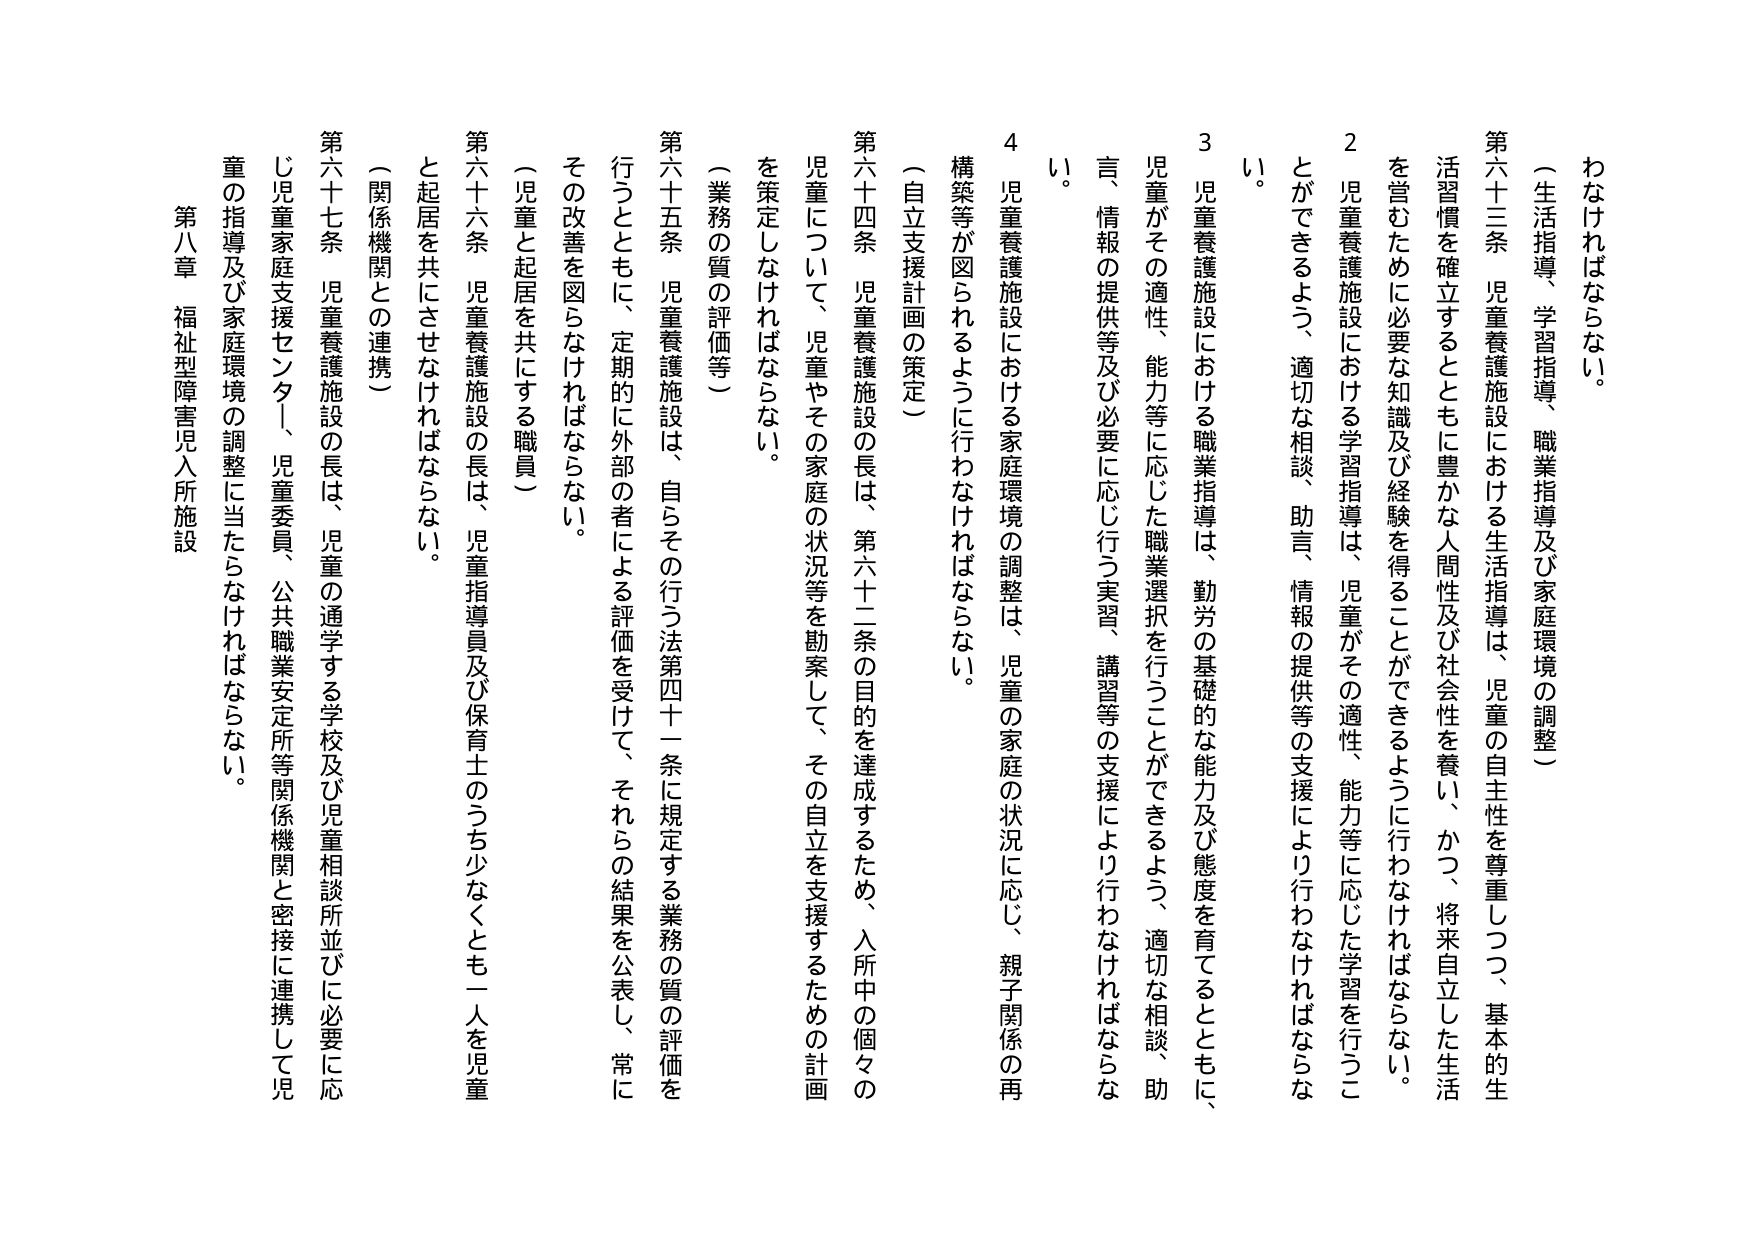
わなければならない。

（生活指導、学習指導、職業指導及び家庭環境の調整）

第六十三条 児童養護施設における生活指導は、児童の自主性を尊重しつつ、基本的生活習慣を確立するとともに豊かな人間性及び社会性を養い、かつ、将来自立した生活を営むために必要な知識及び経験を得ることができるように行わなければならない。

２ 児童養護施設における学習指導は、児童がその適性、能力等に応じた学習を行うことができるよう、適切な相談、助言、情報の提供等の支援により行わなければならない。

３ 児童養護施設における職業指導は、勤労の基礎的な能力及び態度を育てるとともに、児童がその適性、能力等に応じた職業選択を行うことができるよう、適切な相談、助言、情報の提供等及び必要に応じ行う実習、講習等の支援により行わなければならない。

４ 児童養護施設における家庭環境の調整は、児童の家庭の状況に応じ、親子関係の再構築等が図られるように行わなければならない。

（自立支援計画の策定）

第六十四条 児童養護施設の長は、第六十二条の目的を達成するため、入所中の個々の児童について、児童やその家庭の状況等を勘案して、その自立を支援するための計画を策定しなければならない。

（業務の質の評価等）

第六十五条 児童養護施設は、自らその行う法第四十一条に規定する業務の質の評価を行うとともに、定期的に外部の者による評価を受け、それらの結果を公表し、常にその改善を図らなければならない。

（児童と起居を共にする職員）

第六十六条 児童養護施設の長は、児童指導員及び保育士のうち少なくとも一人を児童と起居を共にさせなければならない。

（関係機関との連携）

第六十七条 児童養護施設の長は、児童の通学する学校及び児童相談所並びに必要に応じ児童家庭支援センター、児童委員、公共職業安定所等関係機関と密接に連携して児童の指導及び家庭環境の調整に当たらなければならない。

第八章 福祉型障害児入所施設